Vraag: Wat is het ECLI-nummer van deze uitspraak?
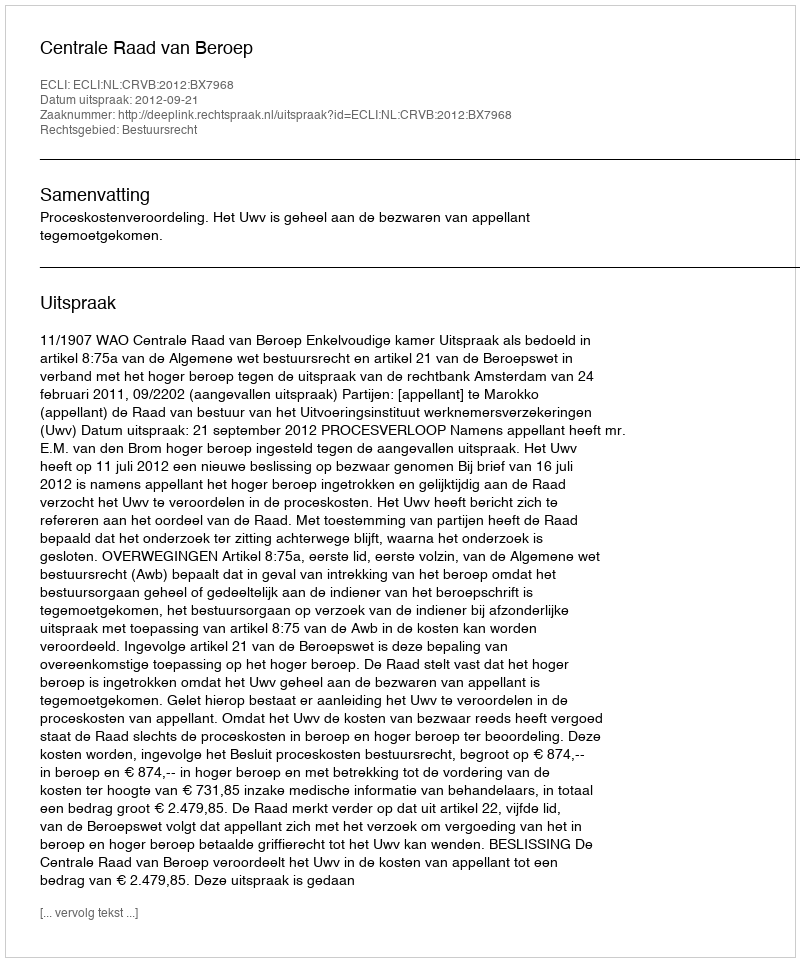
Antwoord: ECLI:NL:CRVB:2012:BX7968